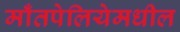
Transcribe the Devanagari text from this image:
माँतपेलियेमधील